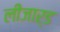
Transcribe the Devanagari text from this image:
लीजार्ड